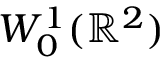
W _ { 0 } ^ { 1 } ( { \mathbb R } ^ { 2 } )